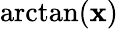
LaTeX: \arctan(\mathbf{x})